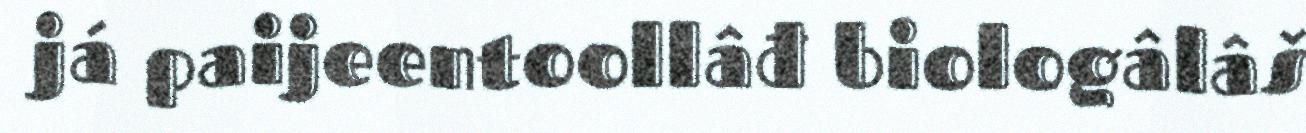
já paijeentoollâđ biologâlâš